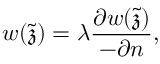
w ( \tilde { \mathfrak { z } } ) = \lambda \frac { \partial w ( \tilde { \mathfrak { z } } ) } { - \partial \boldsymbol { n } } ,